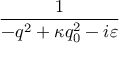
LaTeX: \frac { 1 } { - q ^ { 2 } + \kappa q _ { 0 } ^ { 2 } - i \varepsilon }